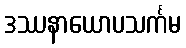
ဒဿနာယောပသင်္ကမ